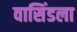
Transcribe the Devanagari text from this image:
वासिंडला